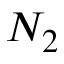
N _ { 2 }